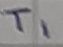
Text: T1